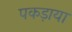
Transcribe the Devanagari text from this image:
पकड़ाया